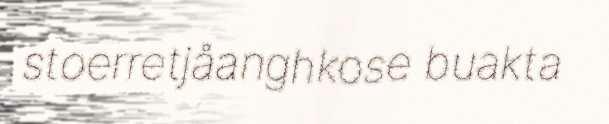
stoerretjåanghkose buakta